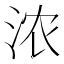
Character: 浓